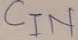
Text: CIN